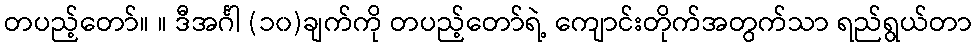
တပည့်တော်။ ။ ဒီအင်္ဂါ (၁၀)ချက်ကို တပည့်တော်ရဲ့ ကျောင်းတိုက်အတွက်သာ ရည်ရွယ်တာ